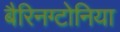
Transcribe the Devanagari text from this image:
बैरिनग्टोनिया